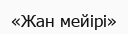
«Жан мейірі»